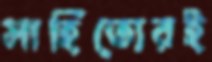
সাহিত্যেরই